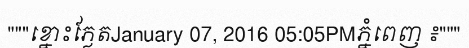
"""ខ្នោះភ្លែតJanuary 07, 2016 05:05PMភ្នំពេញ ៖"""